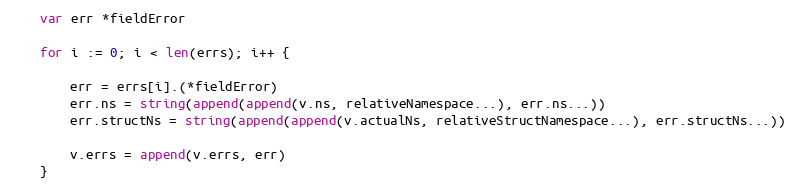
Language: Go
	var err *fieldError

	for i := 0; i < len(errs); i++ {

		err = errs[i].(*fieldError)
		err.ns = string(append(append(v.ns, relativeNamespace...), err.ns...))
		err.structNs = string(append(append(v.actualNs, relativeStructNamespace...), err.structNs...))

		v.errs = append(v.errs, err)
	}